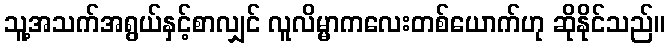
သူ့အသက်အရွယ်နှင့်စာလျှင် လူလိမ္မာကလေးတစ်ယောက်ဟု ဆိုနိုင်သည်။